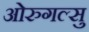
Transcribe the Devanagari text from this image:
ओरुगल्सु